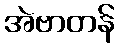
အဲဗာတန်